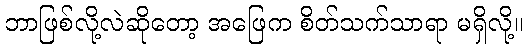
ဘာဖြစ်လို့လဲဆိုတော့ အဖြေက စိတ်သက်သာရာ မရှိလို့။